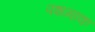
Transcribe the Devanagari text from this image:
पशमाक